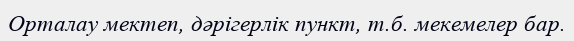
Орталау мектеп, дәрігерлік пункт, т.б. мекемелер бар.